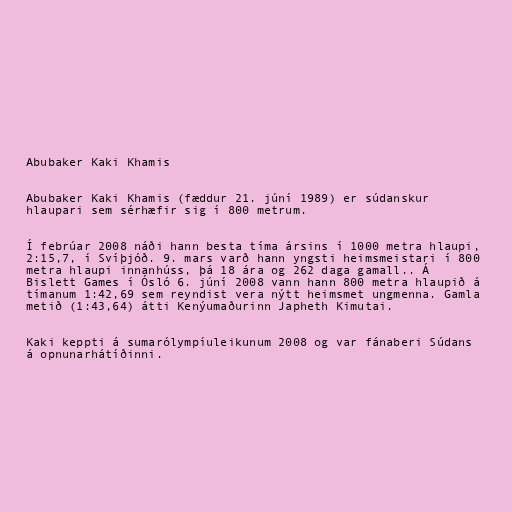
Abubaker Kaki Khamis

Abubaker Kaki Khamis (fæddur 21. júní 1989) er súdanskur
hlaupari sem sérhæfir sig í 800 metrum.

Í febrúar 2008 náði hann besta tíma ársins í 1000 metra hlaupi,
2:15,7, í Svíþjóð. 9. mars varð hann yngsti heimsmeistari í 800
metra hlaupi innanhúss, þá 18 ára og 262 daga gamall.. Á
Bislett Games í Ósló 6. júní 2008 vann hann 800 metra hlaupið á
tímanum 1:42,69 sem reyndist vera nýtt heimsmet ungmenna. Gamla
metið (1:43,64) átti Kenýumaðurinn Japheth Kimutai.

Kaki keppti á sumarólympíuleikunum 2008 og var fánaberi Súdans
á opnunarhátíðinni.